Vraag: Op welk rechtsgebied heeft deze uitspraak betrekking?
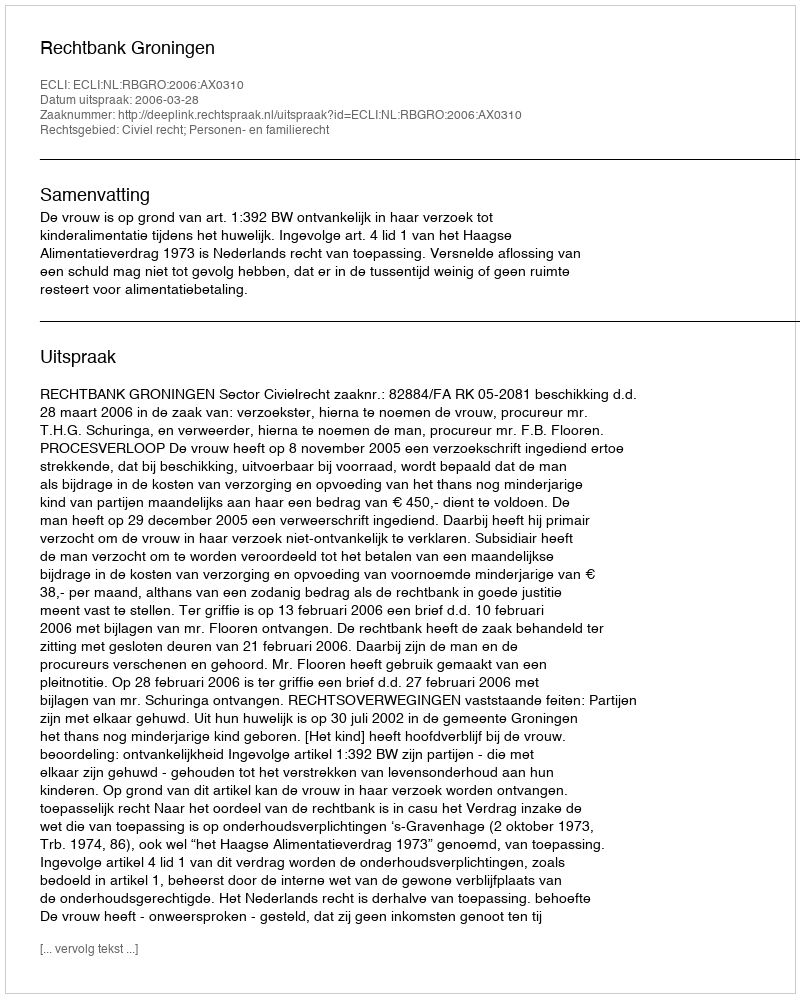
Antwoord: Civiel recht; Personen- en familierecht